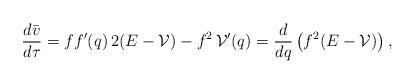
LaTeX: \begin{align*} \frac{d\bar v}{d\tau}= f f'(q)\,2(E-\mathcal{V})-f^2\, \mathcal{V}'(q)=\frac d{dq}\left(f^2(E-\mathcal{V})\right), \end{align*}